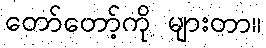
တော်တော့်ကို များတာ။